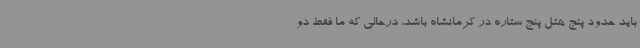
باید حدود پنج هتل پنج ستاره در کرمانشاه باشد، درحالی که ما فقط دو